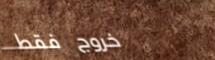
خروج فقط